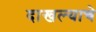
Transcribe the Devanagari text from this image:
दाखल्याचे